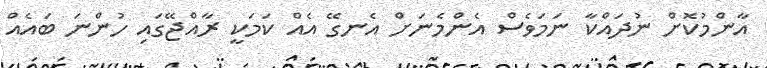
އާންމުކޮށް ނުދައްކާ ނަމަވެސް އެންމެނަށް އެނގޭ އެއް ކަމަކީ ރާއްޖޭގައި ހުންނަ ބައެއް